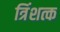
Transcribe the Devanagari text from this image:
त्रिंशत्क